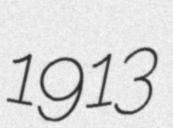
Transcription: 1913